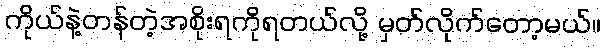
ကိုယ်နဲ့တန်တဲ့အစိုးရကိုရတယ်လို့ မှတ်လိုက်တော့မယ်။